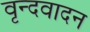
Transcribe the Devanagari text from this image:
वृन्दवादन